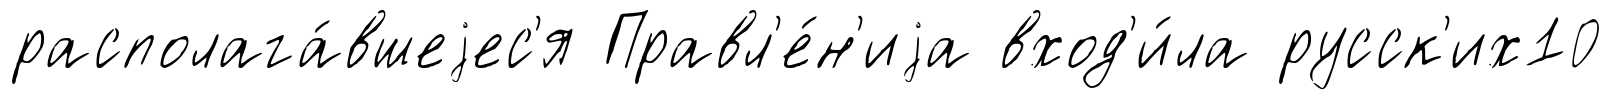
располага́вшеjес'я Правл'е́н'иjа вход'и́ла русск'их10